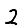
Digit: 2